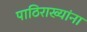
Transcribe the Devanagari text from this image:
पाठिराख्यांना